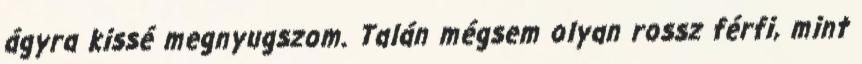
ágyra kissé megnyugszom. Talán mégsem olyan rossz férfi, mint